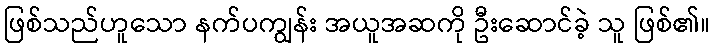
ဖြစ်သည်ဟူသော နက်ပကျွန်း အယူအဆကို ဦးဆောင်ခဲ့ သူ ဖြစ်၏။